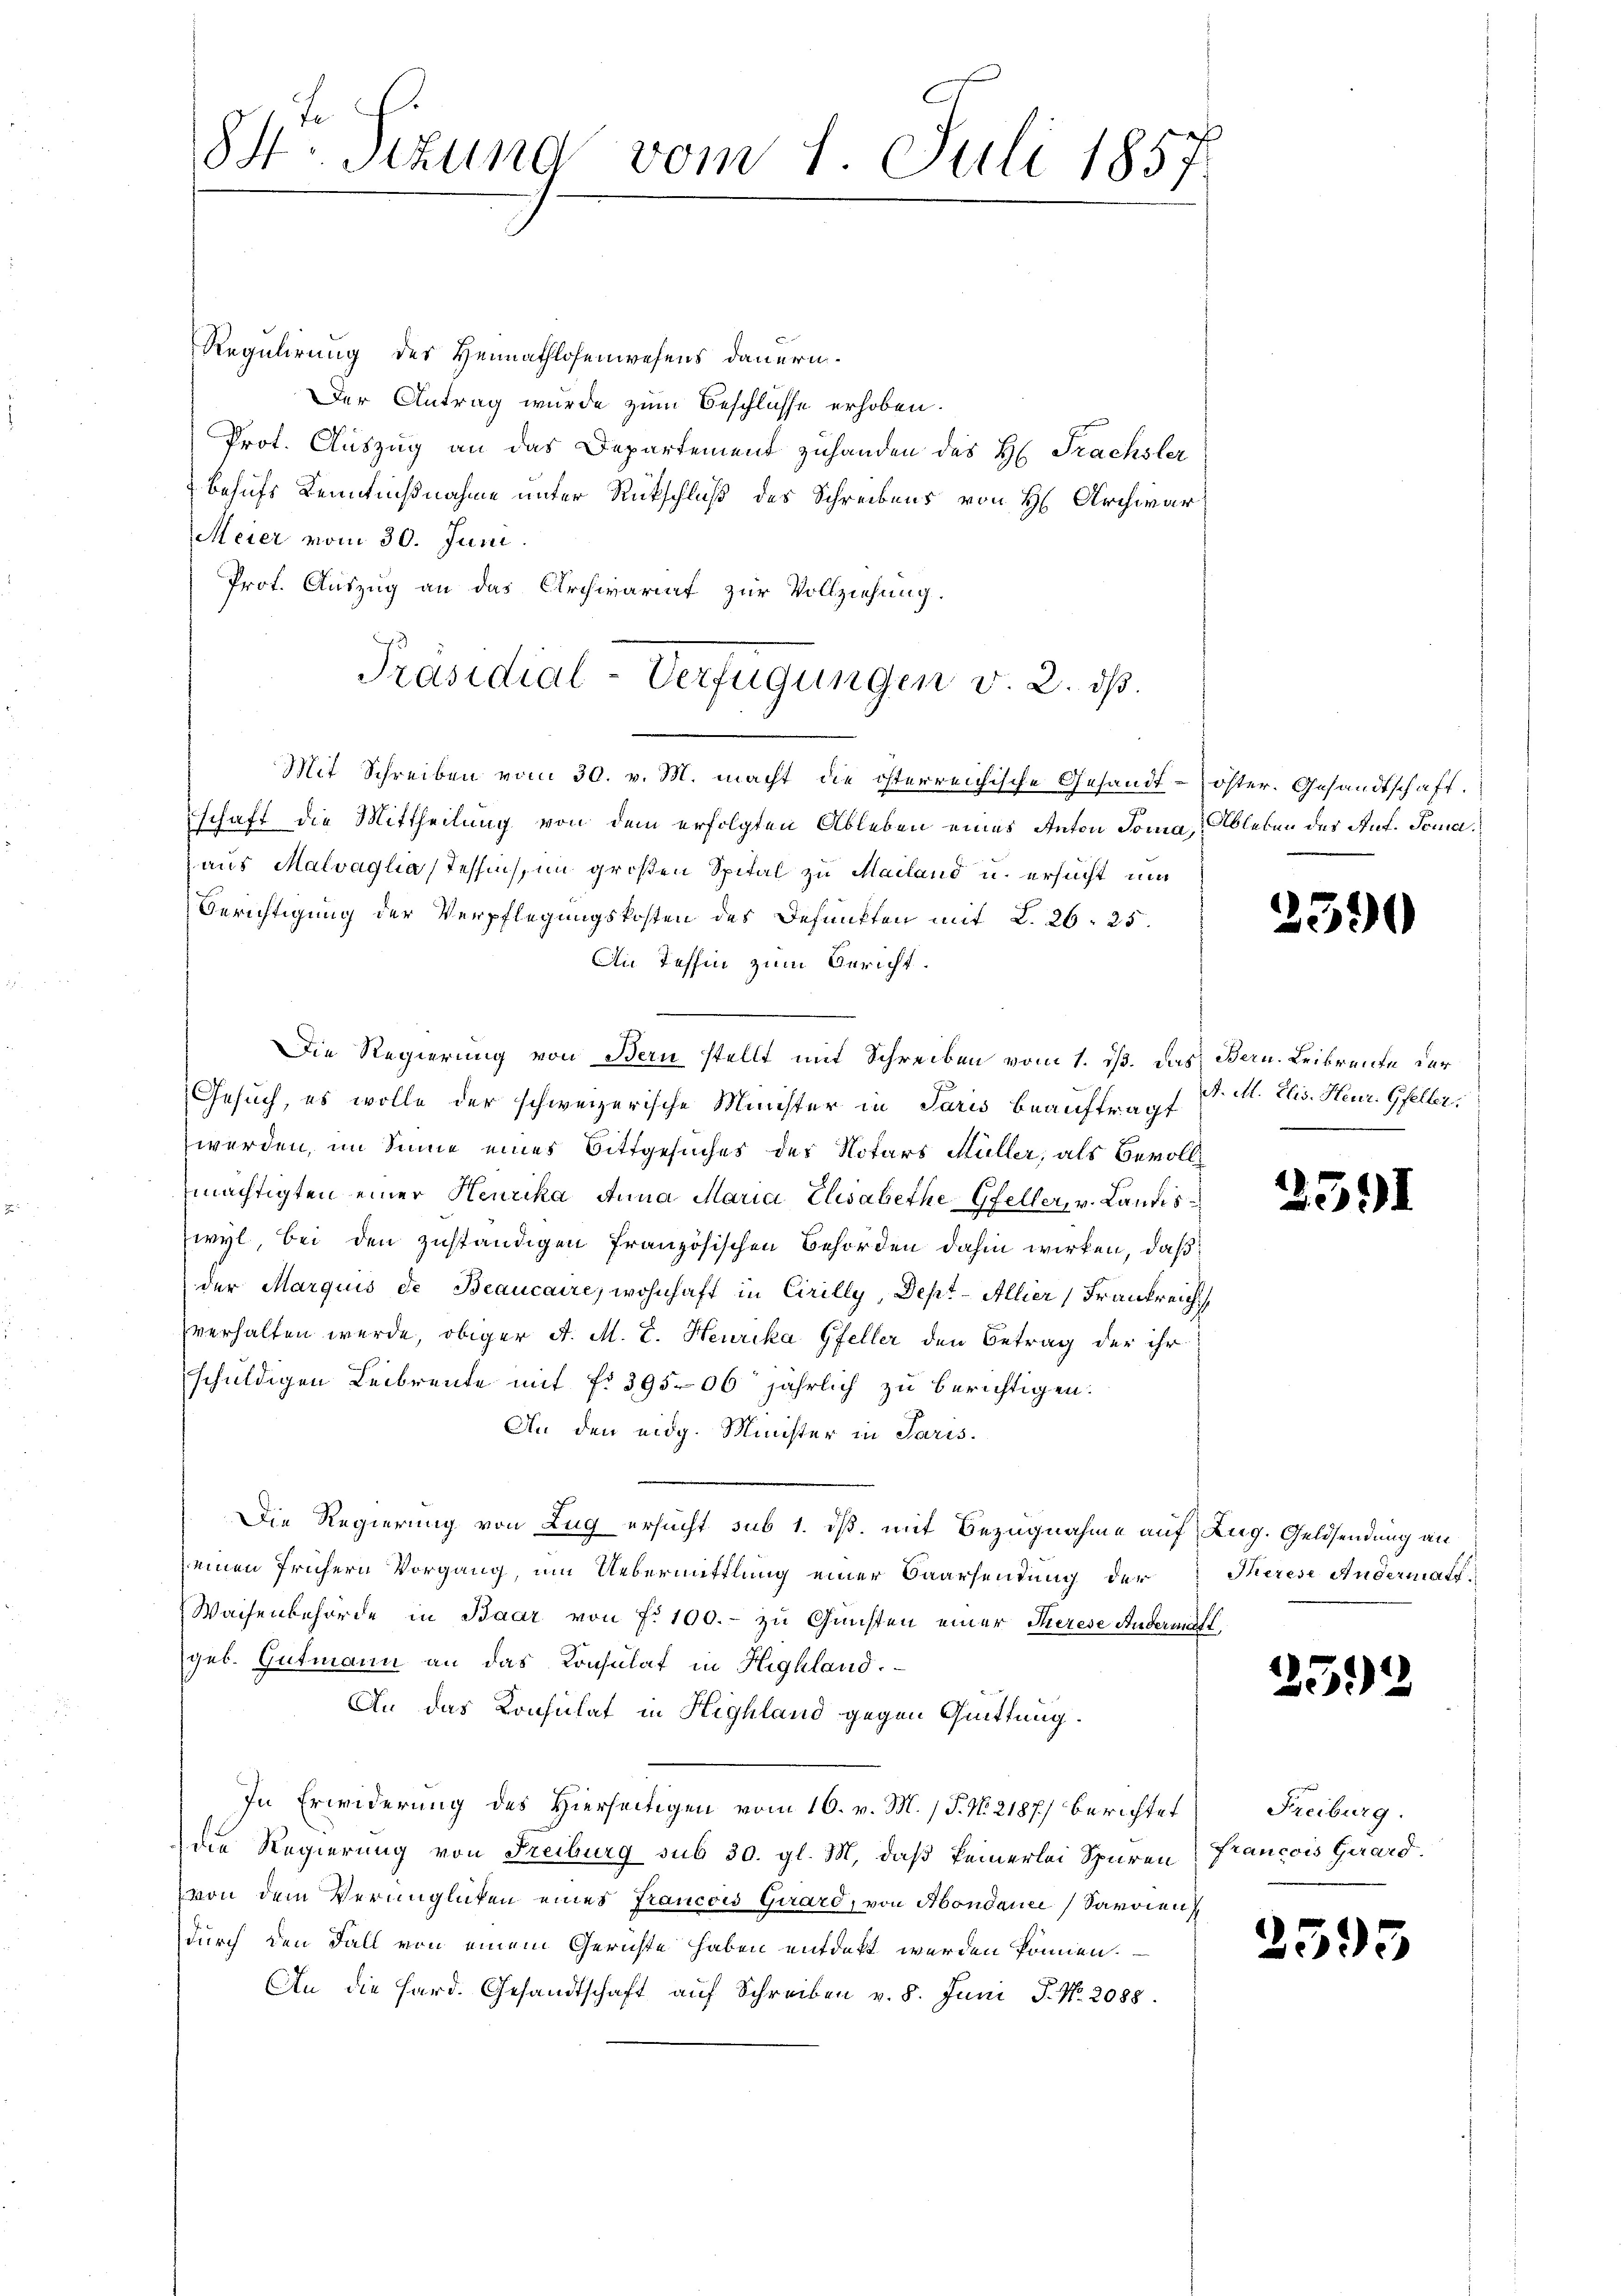
84. Sizung vom 1. Juli 1857

Regulirung des Heimathlosenwesens dauern.
Der Antrag wurde zum Beschlüsse erhoben.
Prot. Auszug an das Departement zuhanden des H. Trachsler
behufs Kenntnißnahme unter Rückschluß des Schreibens von H. Archivar
Meier vom 30. Juni.
Prof. Auszug an das Archivariat zur Vollziehung.
Mit Schreiben vom 30. v. M. macht die österreichische Gesandt-öster. Gesandtschaft.
schaft die Mittheilung von dem erfolgten Ableben eines Anton Jona, Ableben des Auf Tomaaus Malvaglia (Tessin, im großen Spital zu Mailand u. ersucht um
Berichtigung der Verpflegungskosten des Befunkten mit L. 26. 25.
An Tessin zum Bericht.
Die Regierung von Bern stellt mit Schreiben vom 1. ds. das Bern. Leibrente der
Gesuch, es wolle der schweizerische Minister in Paris beauftragt
werden, im Sinne eines Bittgesuches der Notars Müller, als Bevollmächtigten einer Henrika Anna Maria Elisabethe, Gfeller, v. Landis
wyl, bei den zuständigen französischen Behörden dahin wirken, daß
der Marquis de Beaucaire, wohnhaft in Cirilly, Dept-Allier Frankreich
verhalten werde, obiger A. M. E. Heurika Gfeller den Betrag der ihr
schuldigen Leibrente mit No 39506 jährlich zu berichtigen.
An den eidg. Minister in Paris.
Die Regierung von Zug ersucht sub 1. ds. mit Bezugnahme auf Zug. Geldsendung an
einen frühern Vorgang, um Uebermittlung einer Baarsendung der Therese Andermatt.
Waisenbehörde in Baar von fr. 100.- zu Gunsten einer Therese Andermahl
geb. Gutmann an das Konsulat in Highland.
An das Konsulat in Highland gegen Quittung.
In Erwiderung des Hierseitigen vom 16. v. M. (T. No 2187) Berichtet
die Regierung von Freiburg sub 30. gl. M. daß keinerlei Spuren Francois Girard.
von dem Verunglücken eines Prancois Girard, von Abondauer Savoien
durch den Fall von einem Gerichte haben entdekt werden können.
An die Hard. Gesandtschaft auf Schreiben v. 8. Juni, P. Nr. 2088.

Präsidial-Verfügungen v. 2. ds.

2590

A. M. Elis. Heur. Gfeller.

2591

252

Freiburg.

2595